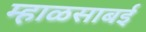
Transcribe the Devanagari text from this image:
म्हाळसाबई